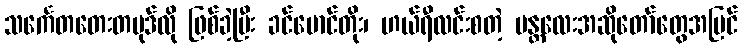
သင်္ကေတတေးတပုဒ်လို ဖြစ်ခဲ့ပြီး ခင်မောင်တိုး၊ ဟယ်ရီလင်းစတဲ့ မန္တလေးအဆိုတော်တွေအပြင်